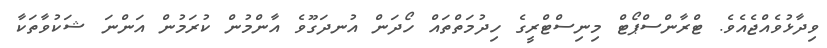
ވިދާޅުވެއްޖެއެވެ. ޓްރާންސްޕޯޓް މިނިސްޓްރީގެ ހިދުމަތްތައް ހޯދަން އުނދަގޫވެ އާންމުން ކުރަމުން އަންނަ ޝަކުވާތަކާ